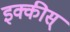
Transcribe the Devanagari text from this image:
इक्कीस्